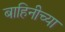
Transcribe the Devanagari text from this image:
बाहिनीच्या